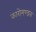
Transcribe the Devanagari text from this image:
कारोमण्डल